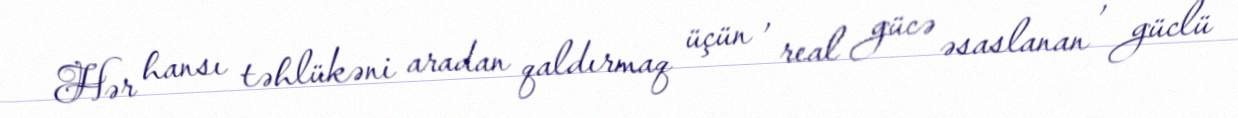
Hər hansı təhlükəni aradan qaldırmaq üçün , real gücə əsaslanan , güclü